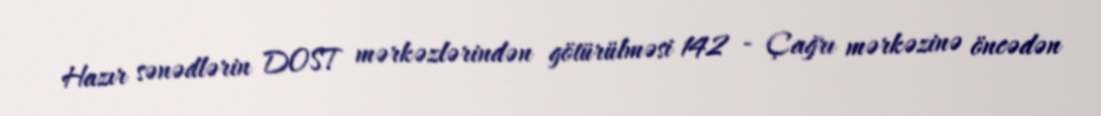
Hazır sənədlərin DOST mərkəzlərindən götürülməsi 142 - Çağrı mərkəzinə öncədən